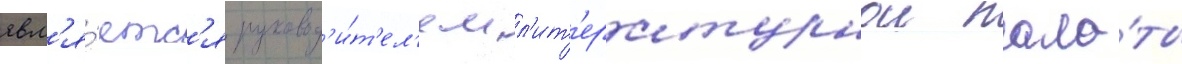
явл'я́етс'я руковод'и́т'ел'ем л'ит'ературнои пала́ты